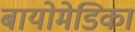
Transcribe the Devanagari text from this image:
बायोमेडिका